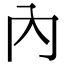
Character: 內